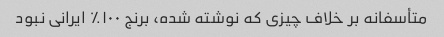
متأسفانه بر خلاف چیزی که نوشته شده، برنج ۱۰۰٪ ایرانی نبود